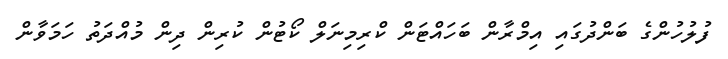
ފުލުހުންގެ ބަންދުގައި އިމްރާން ބަހައްޓަން ކްރިމިނަލް ކޯޓުން ކުރިން ދިން މުއްދަތު ހަމަވާން